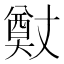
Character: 𭑢